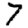
Digit: 7